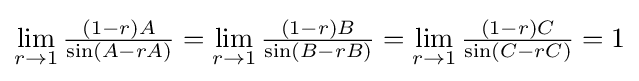
\lim _{r\to 1}{\tfrac {(1-r)A}{\sin(A-rA)}}=\lim _{r\to 1}{\tfrac {(1-r)B}{\sin(B-rB)}}=\lim _{r\to 1}{\tfrac {(1-r)C}{\sin(C-rC)}}=1